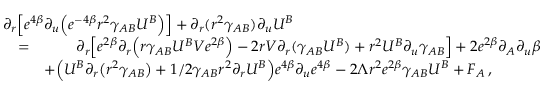
\begin{array} { r l r } { \lefteqn { \partial _ { r } \Big [ e ^ { 4 \beta } \partial _ { u } \Big ( e ^ { - 4 \beta } r ^ { 2 } \gamma _ { A B } U ^ { B } \Big ) \Big ] + \partial _ { r } ( r ^ { 2 } \gamma _ { A B } ) \partial _ { u } U ^ { B } } } & { } & \\ & { = } & { \partial _ { r } \Big [ e ^ { 2 \beta } \partial _ { r } \Big ( r \gamma _ { A B } U ^ { B } V e ^ { 2 \beta } \Big ) - 2 r V \partial _ { r } ( \gamma _ { A B } U ^ { B } ) + r ^ { 2 } U ^ { B } \partial _ { u } \gamma _ { A B } \Big ] + 2 e ^ { 2 \beta } \partial _ { A } \partial _ { u } \beta } \\ & { } & { + \Big ( U ^ { B } \partial _ { r } \big ( r ^ { 2 } \gamma _ { A B } \big ) + 1 / 2 \gamma _ { A B } r ^ { 2 } \partial _ { r } U ^ { B } \Big ) e ^ { 4 \beta } \partial _ { u } e ^ { 4 \beta } - 2 \Lambda r ^ { 2 } e ^ { 2 \beta } \gamma _ { A B } U ^ { B } + F _ { A } \, , \phantom { x x x x x x } } \end{array}